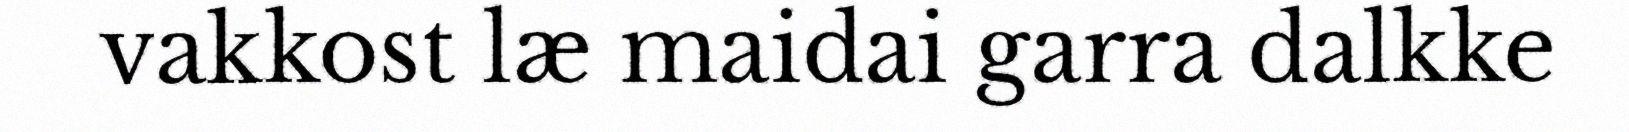
vakkost læ maidai garra dalkke